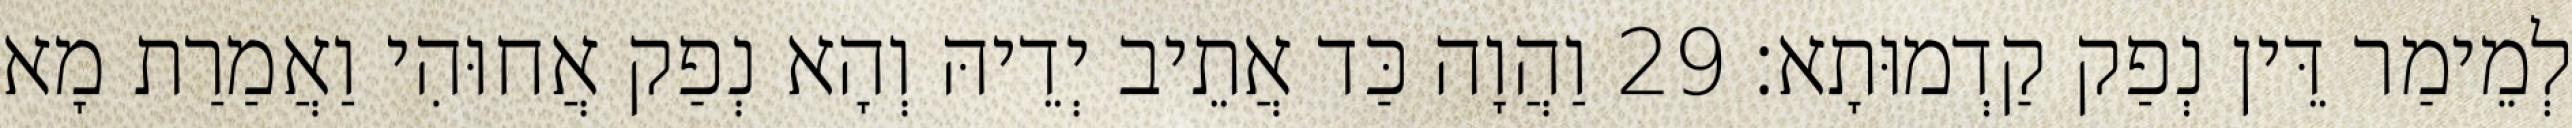
לְמֵימַר דֵּין נְפַק קַדְמוּתָא׃ 29 וַהֲוָה כַּד אֲתֵיב יְדֵיהּ וְהָא נְפַק אֲחוּהִי וַאֲמַרַת מָא